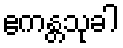
ဧကန္တသုခါ